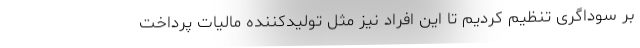
بر سوداگری تنظیم کردیم تا این افراد نیز مثل تولیدکننده مالیات پرداخت